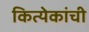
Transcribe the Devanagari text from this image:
कित्येकांची